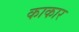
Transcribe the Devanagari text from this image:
काकार